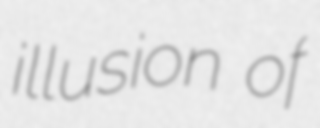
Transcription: illusion of